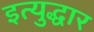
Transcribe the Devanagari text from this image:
इत्युद्धार